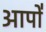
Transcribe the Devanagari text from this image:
आपो॑